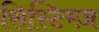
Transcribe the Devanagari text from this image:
सिस्टिम्ज़